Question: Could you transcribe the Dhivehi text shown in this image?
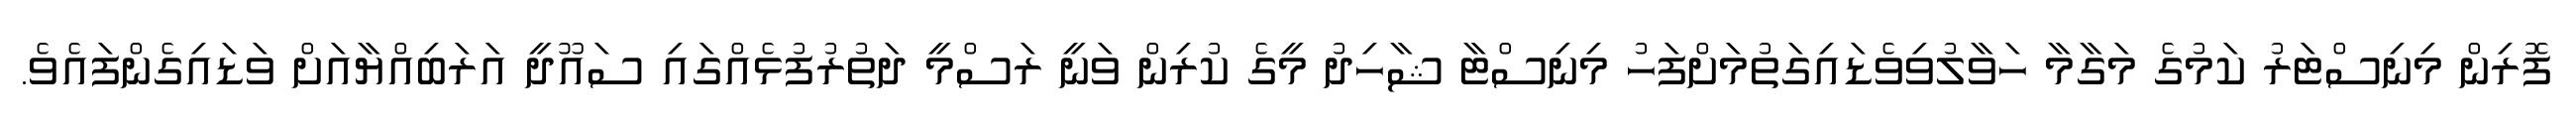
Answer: ފޮރިން މިނިސްޓަރު ކަމުގެ މަގާމާ ހަވާލުވިވެޑައިގަތުމަށްފަހު މިނިސްޓާ ޝާހިދު މީގެ ކުރިން ވަނީ ރަސްމީ ދަތުރުފުޅެއްގައި ސައޫދީ އަރަބިއްޔާއަށް ވަޑައިގެންފައެވެ.